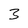
Character: 3